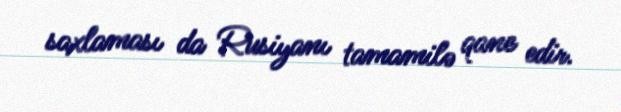
saxlaması da Rusiyanı tamamilə qane edir.